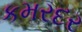
કમરદર